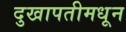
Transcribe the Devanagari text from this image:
दुखापतीमधून